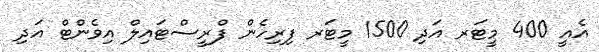
އެއީ 400 މީޓަރ އަދި 1500 މީޓަރ ފިރިހެން ފްރީސްޓައިލް އިވެންޓް އަދި